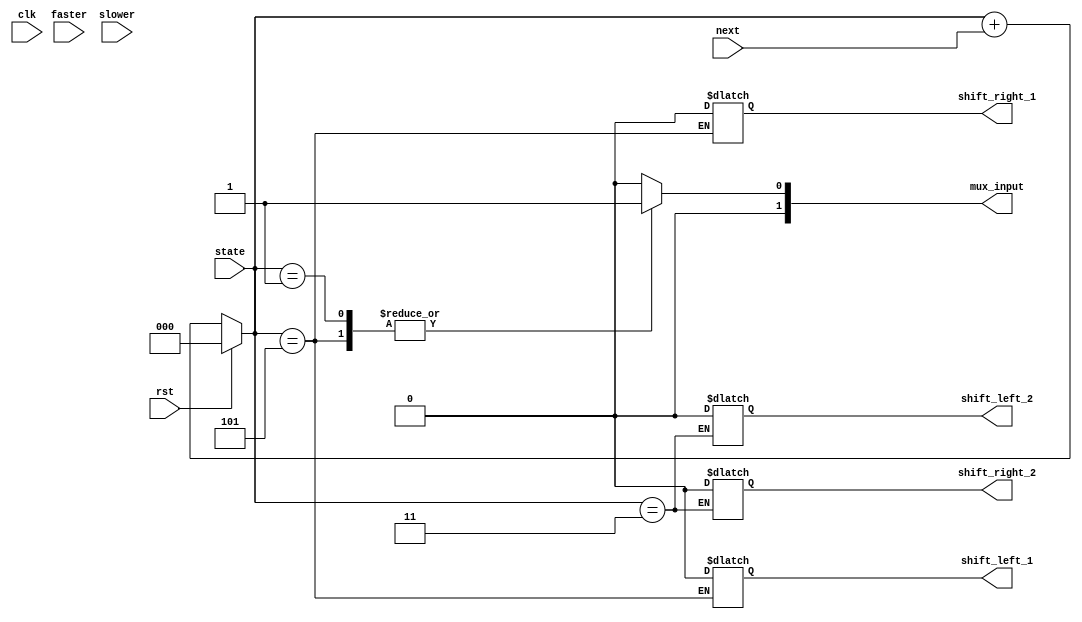
module master_fsm (
  input faster, 
  input slower,
  input clk,
  input rst,
  input next,
  input [2:0] state,
  output wire [1:0] mux_input,
  output wire shift_left_1,
  output wire shift_right_1,
  output wire shift_left_2,
  output wire shift_right_2
);
  
  reg in, sl1, sl2, sr1, sr2;
  always @(*) begin
    case(state)
      // ON --> call mux with high
      3'b001: begin
        in = 2'b01;
      end
       // FLASH 1
      3'b011: begin
        in = 2'b10;
        sl1 = shift_left_1;
        sr1 = shift_right_1;
        sl2 = 1'b0;
        sr2 = 1'b0;
      end
      // FLASH 2
      3'b101: begin
        in = 2'b11;
        sl1 = 1'b0;
        sr1 = 1'b0;
        sl2 = shift_left_2;
        sr2 = shift_right_2;
      end
      // OFF --> call mux with low
      default: in = 2'b00;
    endcase
  end
  
  assign shift_left_1 = sl1;
  assign shift_right_1 = sr1;
  assign shift_left_2 = sl2;
  assign shift_right_2 = sr2;
  assign mux_input = in;
  assign state = rst ? 3'b000 : state + next;

endmodule